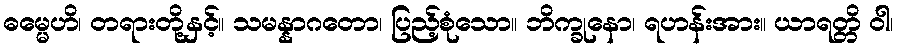
ဓမ္မေဟိ၊ တရားတို့နှင့်။ သမန္နာဂတော၊ ပြည့်စုံသော။ ဘိက္ခုနော၊ ရဟန်းအား။ ယာရတ္တိ ဝါ၊